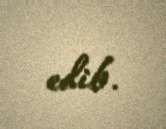
edib.